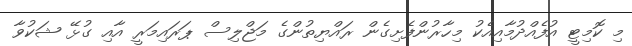
މި ކޮމިޓީ އުފެއްދުމާއިއެކު މިހާރުންފެށިގެން ރައްޔިތުންގެ މަޖްލިސް ޕަރައިމަރީ އާއި ގުޅޭ ޝަކުވާ